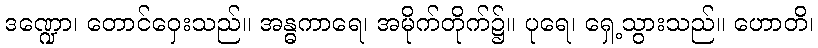
ဒဏ္ဍော၊ တောင်ဝှေးသည်။ အန္ဓကာရေ၊ အမိုက်တိုက်၌။ ပုရေ၊ ရှေ့သွားသည်။ ဟောတိ၊